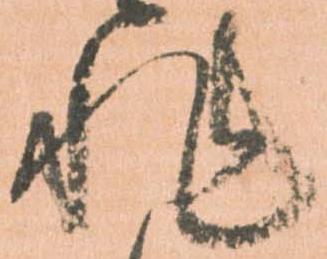
非